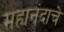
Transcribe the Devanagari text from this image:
महानंदाचे